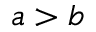
a > b